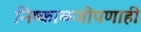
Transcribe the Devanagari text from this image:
निष्काळजीपणाही